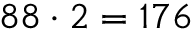
8 8 \cdot 2 = 1 7 6